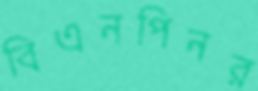
বিএনপিনর